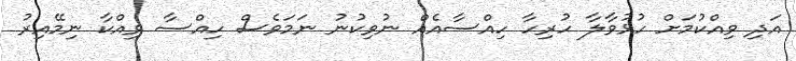
އަދި ވިއްކުމަށް ހުޅުވާލާ ހުރިހާ ހިއްސާއެއް ނުވިކުނު ނަމަވެސް ހިއްސާ ވިއްކާ ނިމޭއިރު